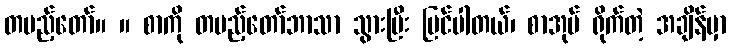
တပည့်တော်။ ။ စာကို တပည့်တော်ဘာသာ သွားပြီး ပြင်ပါတယ်၊ စာအုပ် ရိုက်တဲ့ အချိန်မှာ